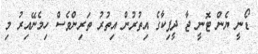
ޑޯނީ ޔެން ޓޮނީ ޖާ ދީޕިކާގެ އިތުރުން އިތުުރު ތަރިންވެސް ހިމެނޭއިރު މި